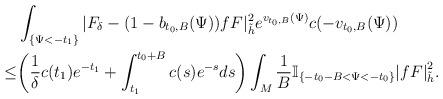
LaTeX: \begin{align*} & \int_{\{\Psi<-t_1\}}|F_{\delta}-(1-b_{t_0,B}(\Psi))fF|^2_{\tilde{h}} e^{v_{t_0,B}(\Psi)}c(-v_{t_0,B}(\Psi)) \\ \le& \bigg(\frac{1}{\delta}c(t_1)e^{-t_1}+\int_{t_1}^{t_0+B}c(s)e^{-s}ds\bigg) \int_{M}\frac{1}{B}\mathbb{I}_{\{-t_0-B<\Psi<-t_0\}}{|fF|}^2_{\tilde{h}}.\end{align*}